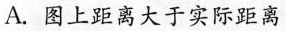
A.图上距离大于实际距离